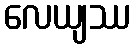
လေယျဿ